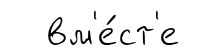
вм'е́ст'е